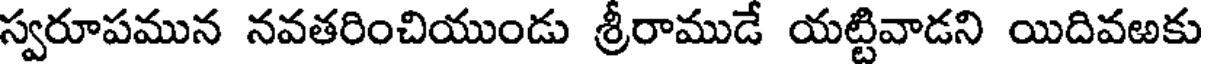
స్వరూపమున నవతరించియుండు శ్రీరాముడే యట్టివాడని యిదివఱకు